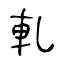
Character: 軋